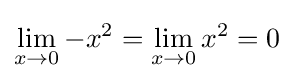
\lim _{x\to 0}-x^{2}=\lim _{x\to 0}x^{2}=0